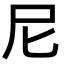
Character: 尼